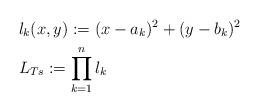
LaTeX: \begin{align*} &l_k(x,y):=(x-a_k)^2+(y-b_k)^2\\ &L_{Ts}:=\prod_{k=1}^n l_k\end{align*}